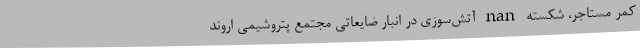
کمر مستاجر، شکسته nan آتش‌سوزی در انبار ضایعاتی مجتمع پتروشیمی اروند